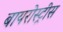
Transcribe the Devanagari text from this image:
बायरोस्ट्रीस